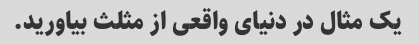
یک مثال در دنیای واقعی از مثلث بیاورید.